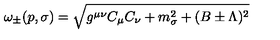
\omega _ { \pm } ( p , \sigma ) = \sqrt { g ^ { \mu \nu } C _ { \mu } C _ { \nu } + m _ { \sigma } ^ { 2 } + ( B \pm \Lambda ) ^ { 2 } }